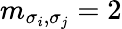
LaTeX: m_{\sigma_{i},\sigma_{j}}=2